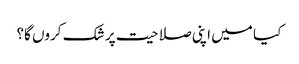
کیا میں اپنی صلاحیت پر شک کروں گا؟